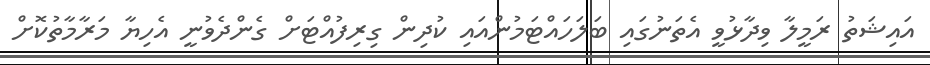
އައިޝަތު ރަމީލާ ވިދާޅުވީ އެތަނުގައި ބަލަހައްޓަމުންއައި ކުދިން ގިރިފުއްޓަށް ގެންދެވުނީ އެހިޔާ މަރާމާތުކޮށް